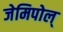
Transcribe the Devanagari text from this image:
जेमिपोल्